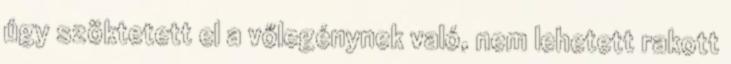
úgy szöktetett el a vőlegénynek való, nem lehetett rakott